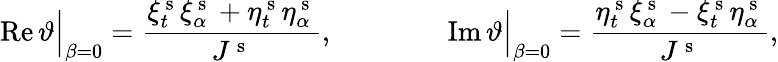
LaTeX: \operatorname{Re}\vartheta\Big\vert_{\beta=0}=\frac{\xi_{t}^{\mathrm{~s~}}\xi_{\alpha}^{\mathrm{~s~}}+\eta_{t}^{\mathrm{~s~}}\eta_{\alpha}^{\mathrm{~s~}}}{J^{\mathrm{~s~}}},\qquad\qquad\operatorname{Im}\vartheta\Big\vert_{\beta=0}=\frac{\eta_{t}^{\mathrm{~s~}}\xi_{\alpha}^{\mathrm{~s~}}-\xi_{t}^{\mathrm{~s~}}\eta_{\alpha}^{\mathrm{~s~}}}{J^{\mathrm{~s~}}},